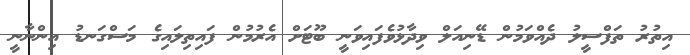
އިތުރު ތަފްސީލު ދެއްވަމުން ޑޭނިއަލް ވިދާޅުވެފައިވަނީ ބޫޓަށް އެރުމުން ފައިތިލައިގެ މަސްގަނޑު އިންނާނީ